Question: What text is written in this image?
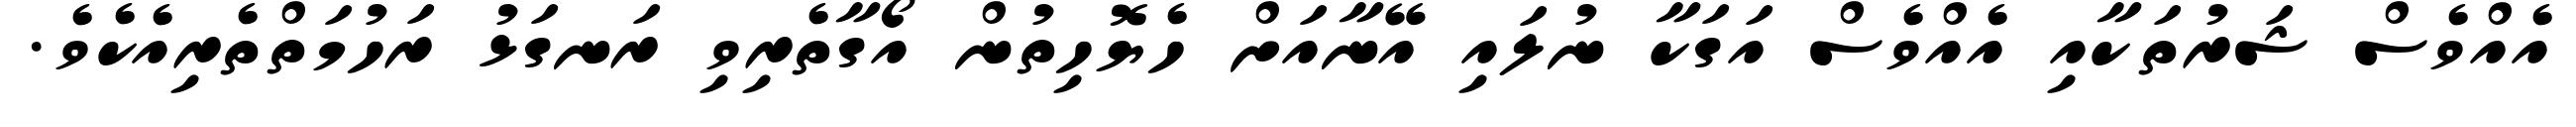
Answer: އެއްވެސް ޝަރުތަކާއި އެއްވެސް އަގަކާ ނުލައި އޭނާއަށް ހެޔޮހިތުން އޯގާތެރިވި ރަނގަޅު ރަހުމަތްތެރިއެކެވެ.